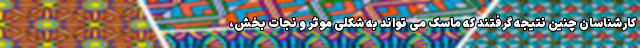
کارشناسان چنین نتیجه گرفتند که ماسک می تواند به شکلی موثر و نجات بخش،